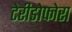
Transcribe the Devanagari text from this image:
टेरीडोफोरा